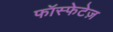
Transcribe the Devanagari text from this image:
फॉस्फेटेज़